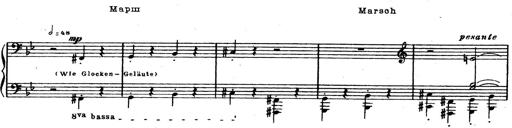
Title: Trauervorspiel und Trauermarsch
Composer: Franz Liszt